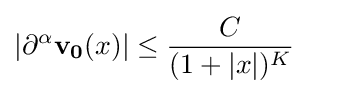
\vert \partial ^{\alpha }\mathbf {v_{0}} (x)\vert \leq {\frac {C}{(1+\vert x\vert )^{K}}}\qquad